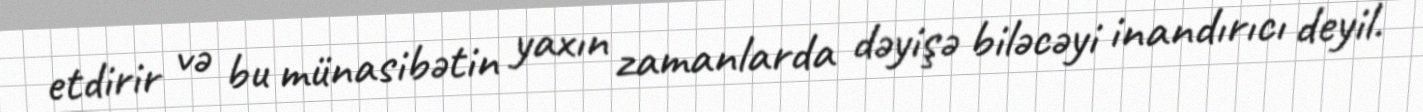
etdirir və bu münasibətin yaxın zamanlarda dəyişə biləcəyi inandırıcı deyil.